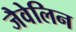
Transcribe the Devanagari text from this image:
जैवेलिन